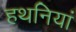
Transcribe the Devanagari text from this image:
हथनियां